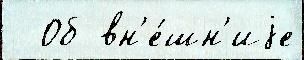
  Об вн'е́шн'иjе